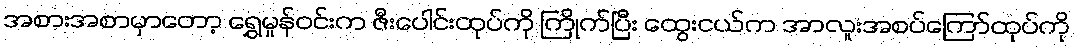
အစားအစာမှာတော့ ရွှေမှုန်ဝင်းက ဇီးပေါင်းထုပ်ကို ကြိုက်ပြီး ထွေးငယ်က အာလူးအစပ်ကြော်ထုပ်ကို